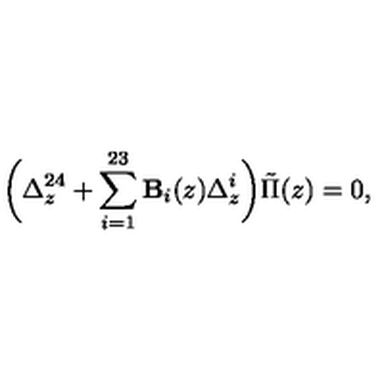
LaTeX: \biggl ( \Delta _ { z } ^ { 2 4 } + \sum _ { i = 1 } ^ { 2 3 } { \bf B } _ { i } ( z ) \Delta _ { z } ^ { i } \biggr ) \tilde { \Pi } ( z ) = 0 ,